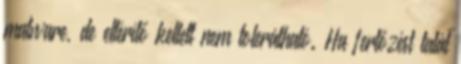
malware, de eltérítő kellett nem tolerálható. Ha fertőzést talál